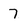
Character: 7